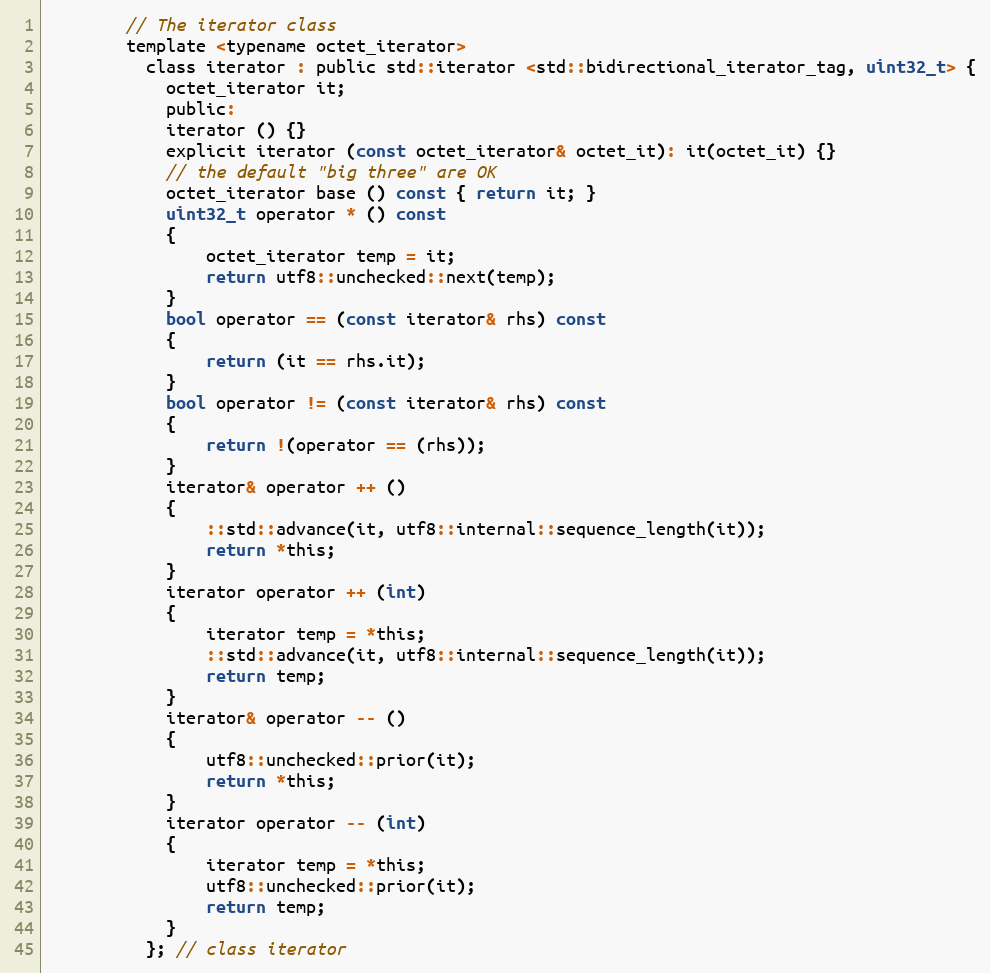
Language: C
        // The iterator class
        template <typename octet_iterator>
          class iterator : public std::iterator <std::bidirectional_iterator_tag, uint32_t> {
            octet_iterator it;
            public:
            iterator () {}
            explicit iterator (const octet_iterator& octet_it): it(octet_it) {}
            // the default "big three" are OK
            octet_iterator base () const { return it; }
            uint32_t operator * () const
            {
                octet_iterator temp = it;
                return utf8::unchecked::next(temp);
            }
            bool operator == (const iterator& rhs) const
            {
                return (it == rhs.it);
            }
            bool operator != (const iterator& rhs) const
            {
                return !(operator == (rhs));
            }
            iterator& operator ++ ()
            {
                ::std::advance(it, utf8::internal::sequence_length(it));
                return *this;
            }
            iterator operator ++ (int)
            {
                iterator temp = *this;
                ::std::advance(it, utf8::internal::sequence_length(it));
                return temp;
            }
            iterator& operator -- ()
            {
                utf8::unchecked::prior(it);
                return *this;
            }
            iterator operator -- (int)
            {
                iterator temp = *this;
                utf8::unchecked::prior(it);
                return temp;
            }
          }; // class iterator